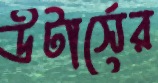
উটার্সের